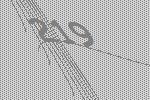
219